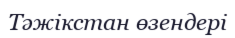
Тәжікстан өзендері